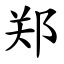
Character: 郑